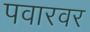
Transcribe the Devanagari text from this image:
पवारवर